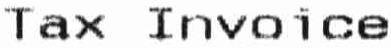
TAX INVOICE